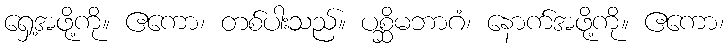
ရှေ့အဖို့ကို။ ဧကော၊ တစ်ပါးသည်။ ပစ္ဆိမဘာဂံ၊ နောက်အဖို့ကို။ ဧကော၊